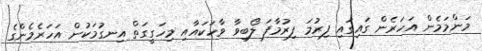
މަންމަމެން އަހަރެން ގައިގައި ފިރުމަ ފިރުމާފަ ލޯބިވާ ވާހަކައާއި މިހަގީގަތް އިނގުމަކުން އަހަރެމެންގެ